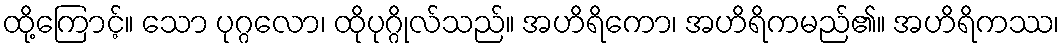
ထို့ကြောင့်။ သော ပုဂ္ဂလော၊ ထိုပုဂ္ဂိုလ်သည်။ အဟိရိကော၊ အဟိရိကမည်၏။ အဟိရိကဿ၊